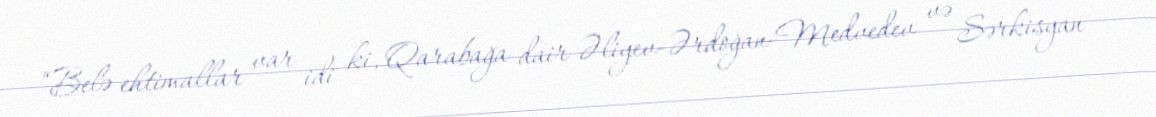
“Belə ehtimallar var idi ki, Qarabağa dair Əliyev-Ərdoğan-Medvedev və Sərkisyan